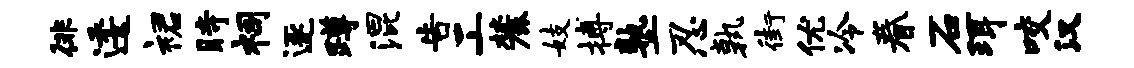
徘逶裙时祠逐蹲混告工麓妓搏塾忍孰街优冷眷石珥咬汉